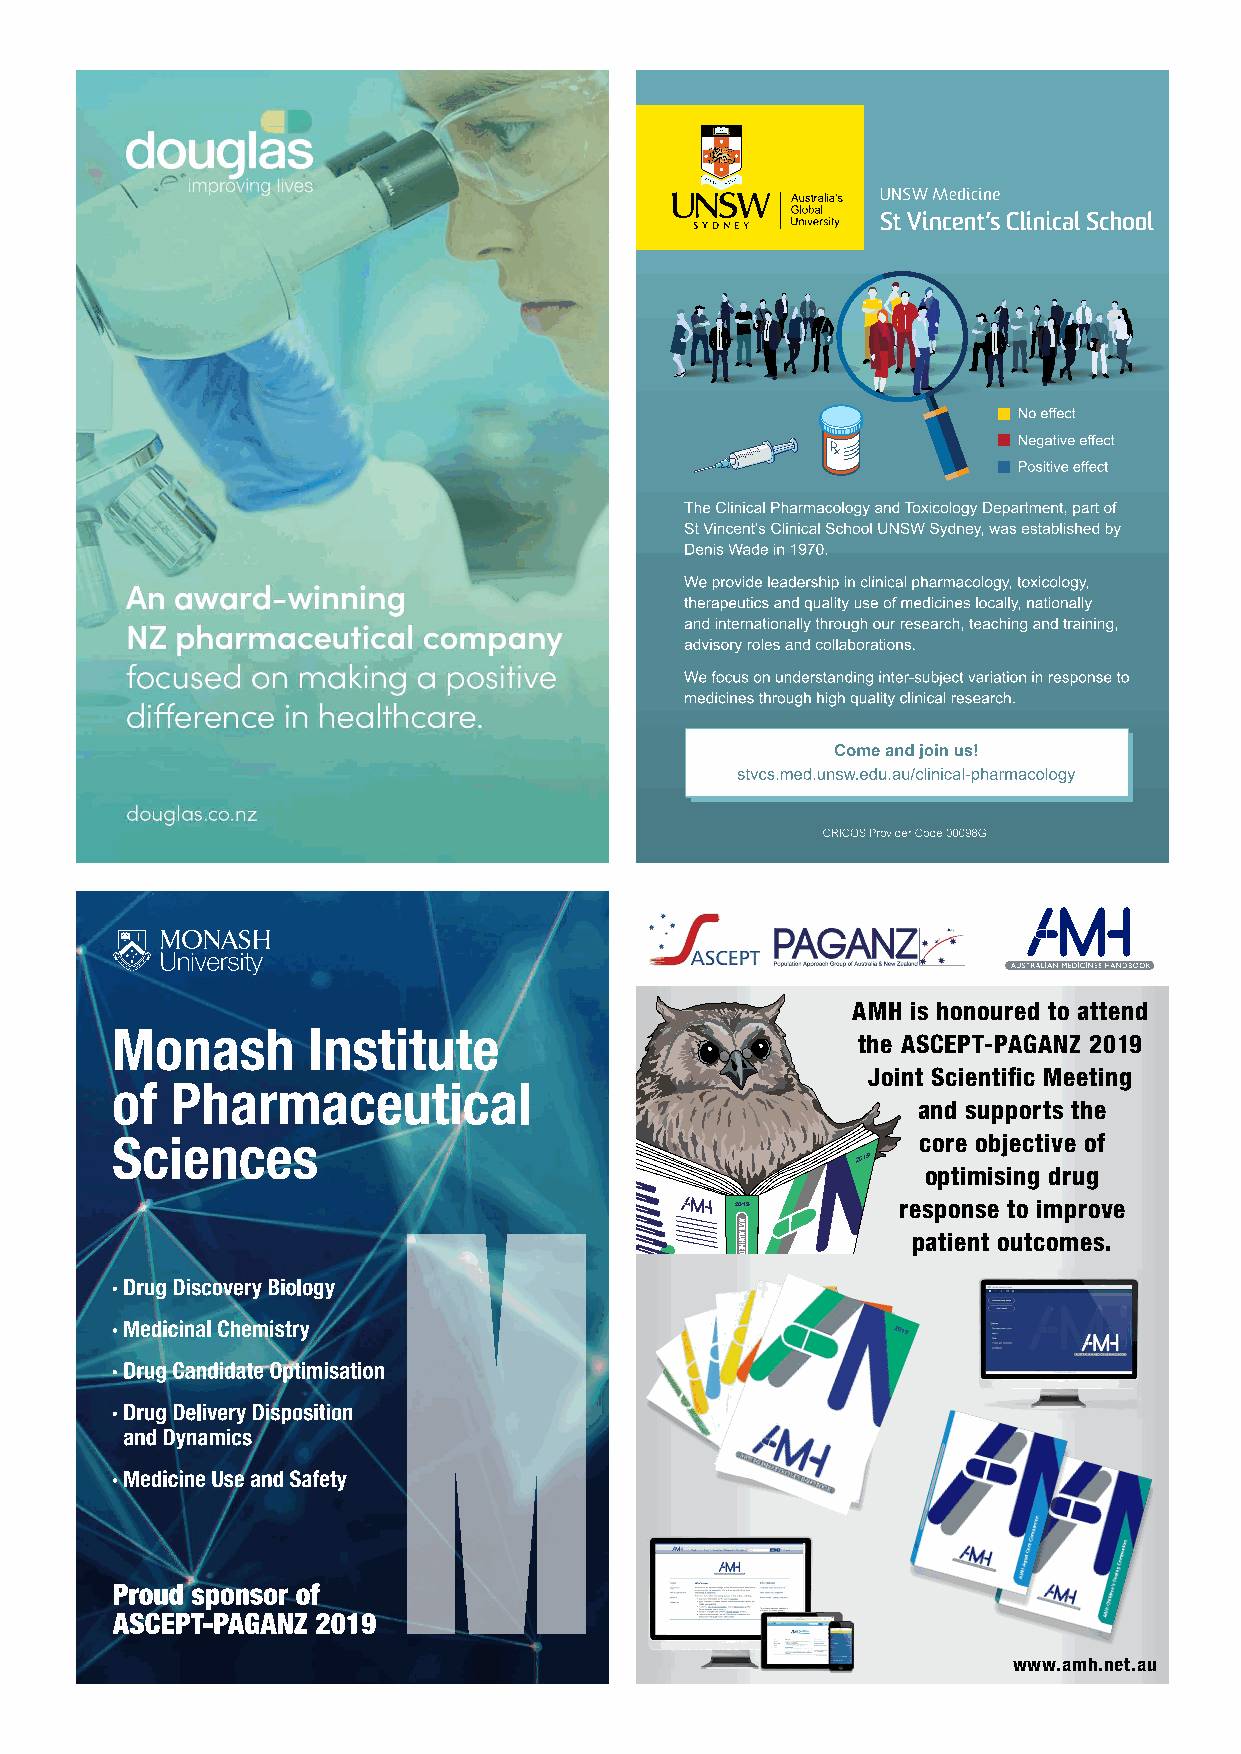
ASCEPT-PAGANZ print.pdf 2 25/10/2019 10:28:46 AM
 AMH is honoured to attend
 the ASCEPT-PAGANZ 2019
 Joint Scientific Meeting
 and supports the
 core objective of
 optimising drug
 C
 2016
 M                                              2019      response to improve
 patient outcomes.
 Y
 CM
 MY
 CY
 CMY
 K
 www.amh.net.au
 AUSTRALIAN
 MEDICINES
 HANDBOOK